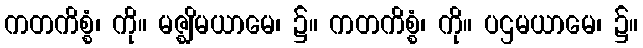
ကတကိစ္စံ၊ ကို။ မဇ္ဈိမယာမေ၊ ၌။ ကတကိစ္စံ၊ ကို။ ပဌမယာမေ၊ ၌။